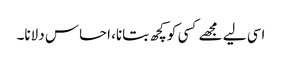
اسی لیے مجھے کسی کو کچھ بتانا، احساس دلانا۔